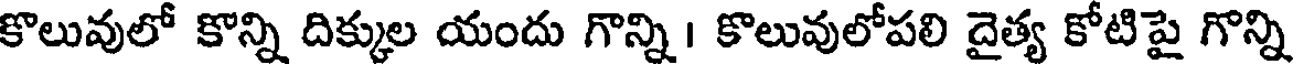
కొలువులో కొన్ని దిక్కుల యందు గొన్ని । కొలువులోపలి దైత్య కోటిపై గొన్ని